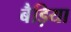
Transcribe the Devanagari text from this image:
बैड़िया